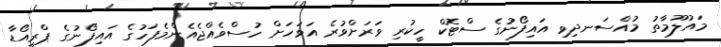
މައުލޫމާތު މުއްސަނދިވި އައިފޯނުގެ ސްޓޮކް ހީކުރި ވަރަށްވުރެ އަވަހަށް ހުސްވެއްޖެއެންމެފަހުގެ އައިފޯނުގެ ޕްރީއޯޑާ